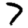
Digit: 7